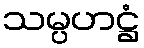
သမ္ပဟဋ္ဌံ